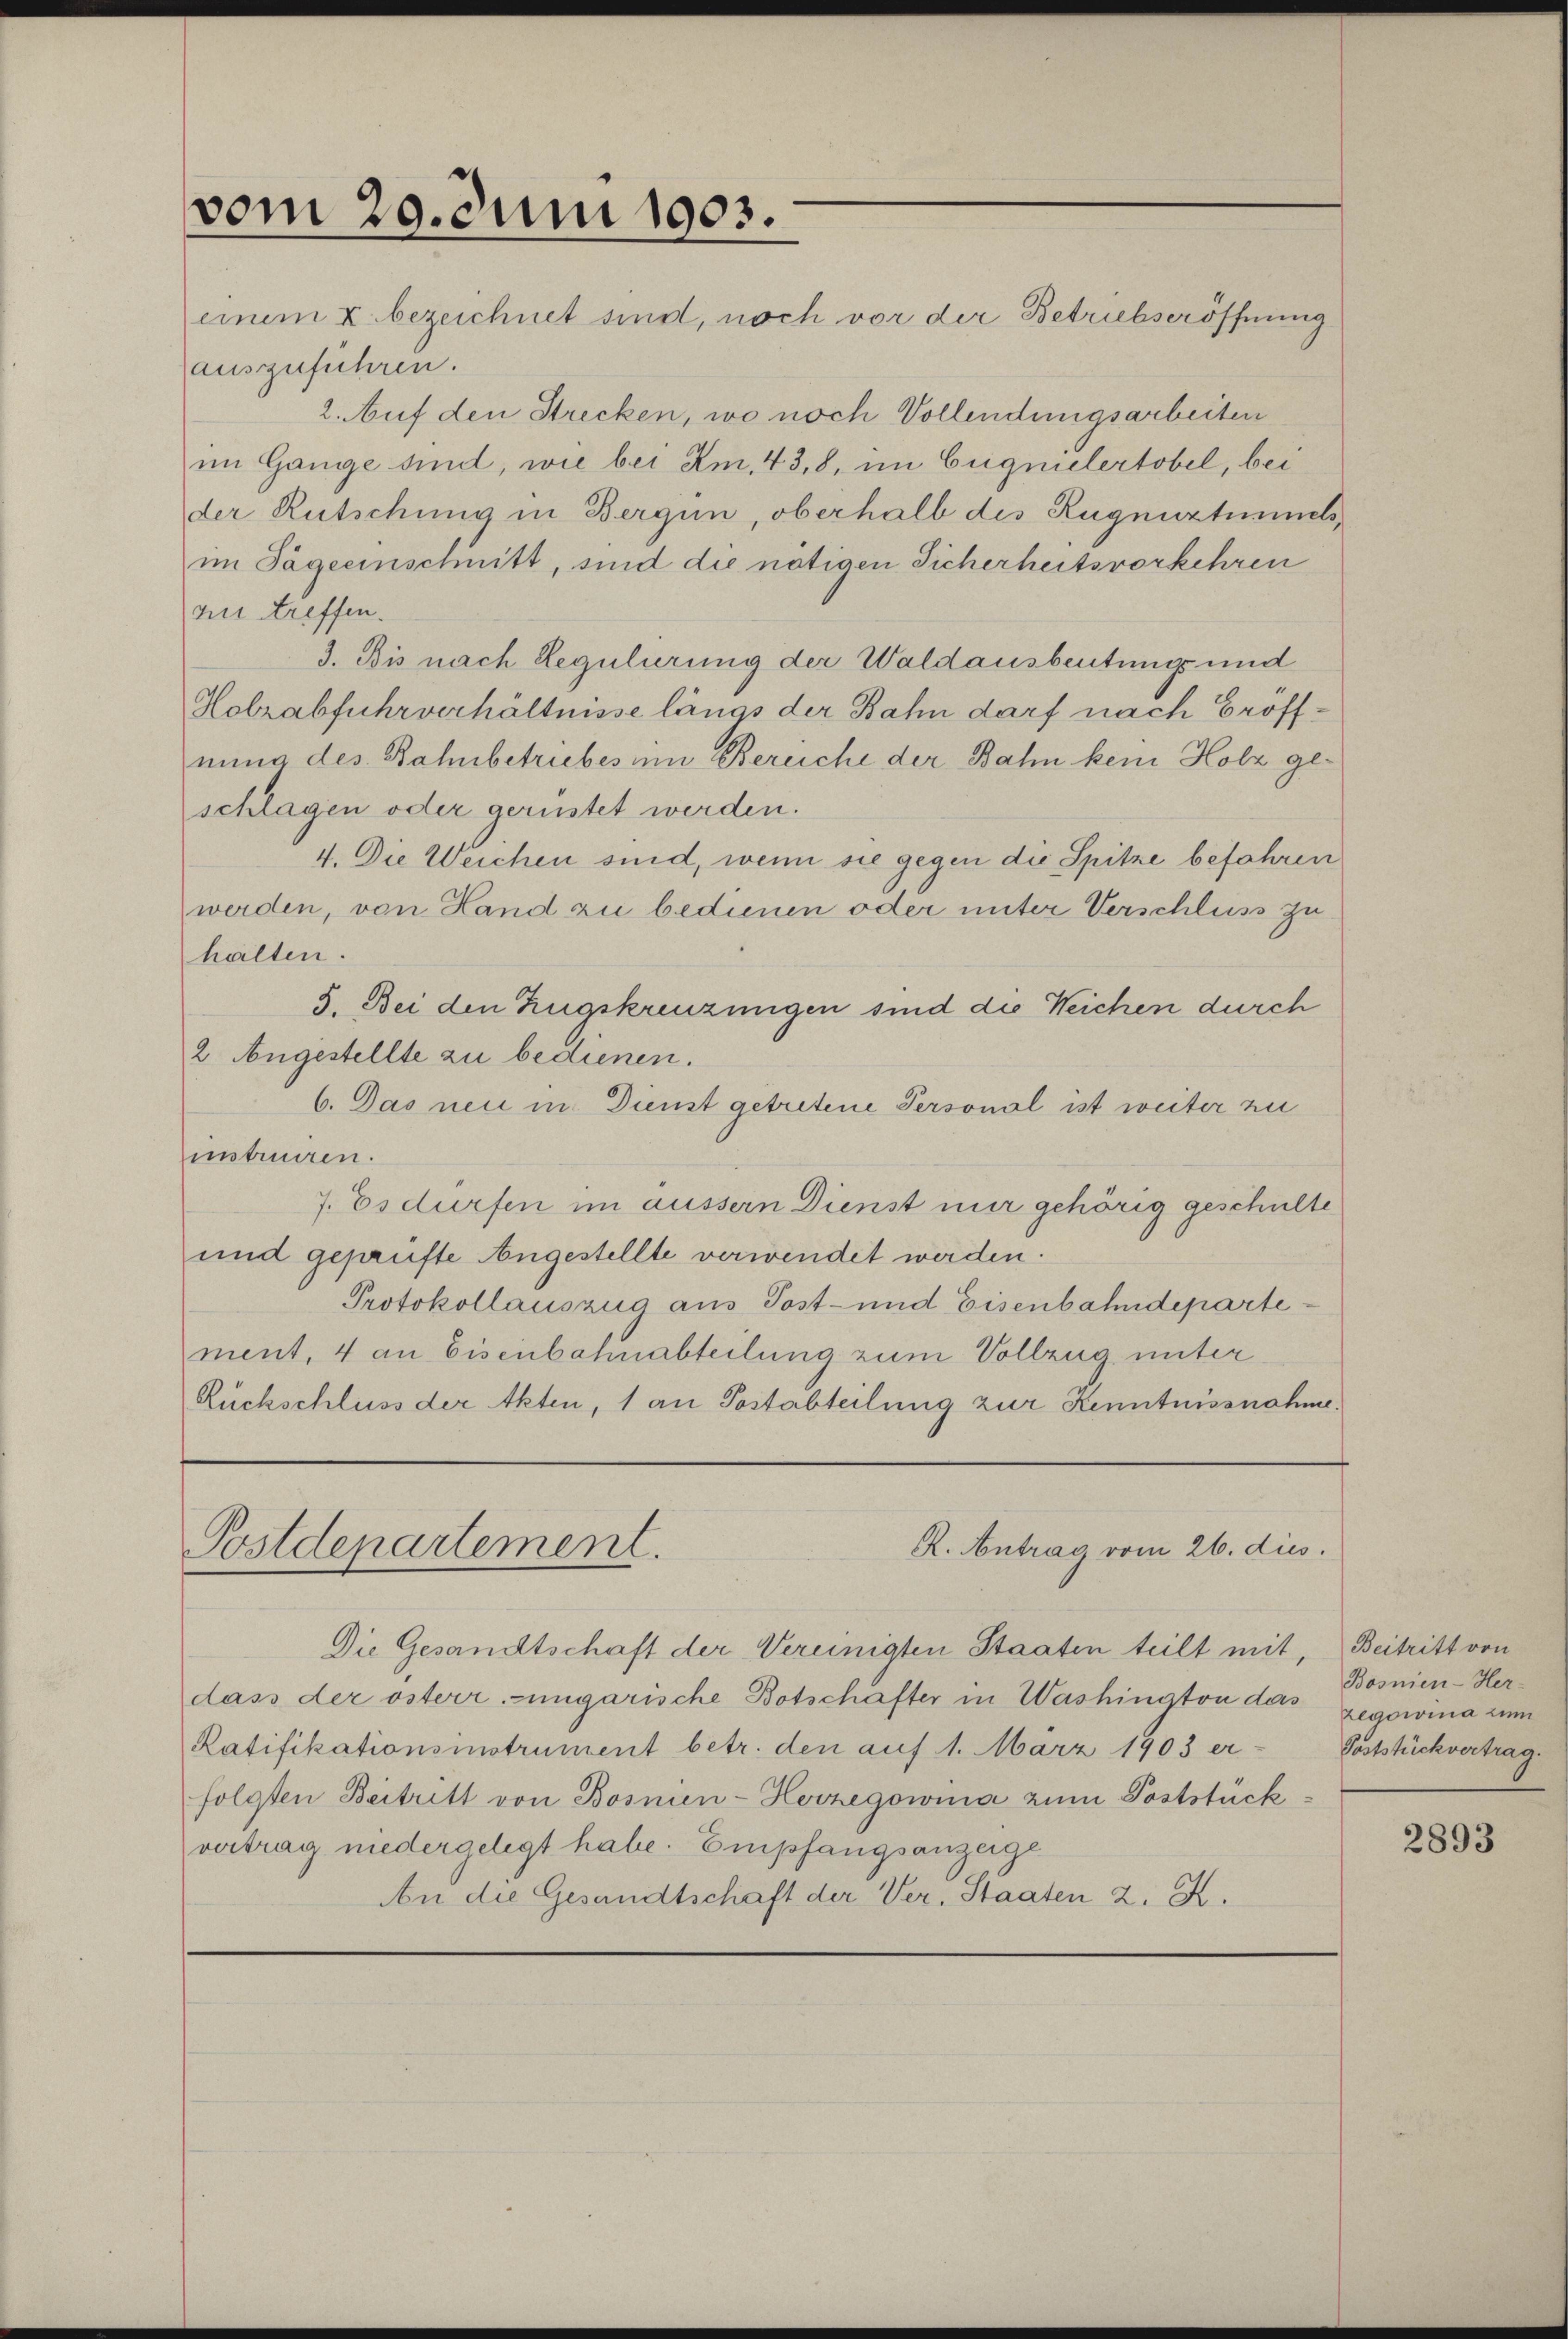
vom 20. Juni 1903.

R. Antrag vom 26. dies.
Postdepartement.

einem u. bezeichnet sind, noch vor der Betriebseröffnung
auszuführen.
2. Auf den Strecken, wo noch Vollendungsarbeiten
im Gange sind, wie bei Am, 43, 8, im Eignielertobel, bei
der Rutschung in Bergün, oberhalb des Rugnuztimetsim Sägeeinschnitt, sind die nötigen Sicherheitsvorkehren
zu treffen.
3. Bis nach Regulirung der Waldausbeutungs und
Holzabfuhrverhältnisse längs der Bahn darf nach Eröffnung des Bahnbetriebes im Bereiche der Bahn kein Holz geschlagen oder gerüstet werden.
4. Die Weichen sind, wenn sie gegen die Spitze befahren
werden, von Hand zu bedienen oder unter Verschluss zu
halten.
5. Bei den Zugskreuzungen sind die Weichen durch
2 Angestellte zu bedienen.
6. Das neu in Dienst getretene Personal ist weiter zu
intreuen.
7. Es dürfen im äussern Dienst mir gehörig geschulte
und geprüfte Angestellte verwendet werden.
Protokollauszug aus Post- und Eisenbahndepartement, 4 an Eisenbahnabteilung zum Vollzug unter
Rückschluss der Akten, 1 an Postabteilung zur Kenntnissnahme.

Die Gesandtschaft der Vereinigten Staaten teilt mit, Beitritt von
dass der österr.-ungarische Botschafter in Washington das zegowina zum
Ratifikationsinstrument betr. den auf 1. März 1903 er-
folgten Beitritt von Bosnien-Herzegowina zum Poststück
vertrag niedergelegt habe. Empfangsanzeige¬
An die Gesandtschaft der Ver. Staaten 2. K.

Bosnien-Her-
Poststückvertrag.

2893